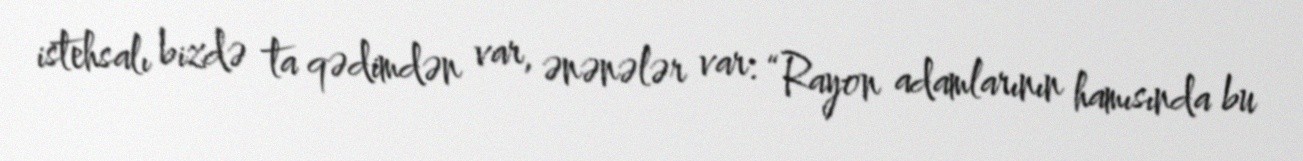
istehsalı bizdə ta qədimdən var, ənənələr var: “Rayon adamlarının hamısında bu